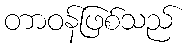
တာဝန်ဖြစ်သည်